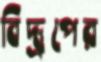
বিদ্রূপের